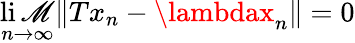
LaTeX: \operatorname*{li\mathscr{M}}_{n\to\infty}\| Tx_{n}-\lambdax_{n}\| =0